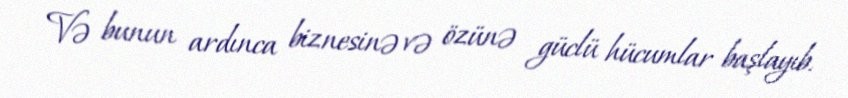
Və bunun ardınca biznesinə və özünə güclü hücumlar başlayıb.